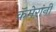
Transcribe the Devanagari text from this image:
कॅमेरांनी